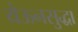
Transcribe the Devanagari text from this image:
येऊनसुद्धा